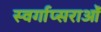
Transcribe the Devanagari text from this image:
स्वर्गाप्सराओं